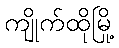
ကျိုက်ထိုမြို့